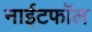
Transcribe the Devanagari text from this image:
नाईटफाॅल